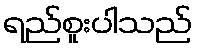
ရည်စူးပါသည်